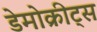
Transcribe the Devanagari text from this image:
डेमोक्रीट्स